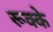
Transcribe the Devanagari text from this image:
रूक्‍के